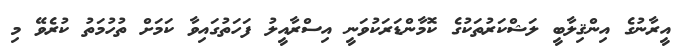
އީރާނުގެ އިންޤިލާބީ ލަޝްކަރުތަކުގެ ކޮމާންޑަރަކުވަނީ އިސްރާއީލު ފަހަތުގައިވާ ކަމަށް ތުހުމަތު ކުރެވޭ މި